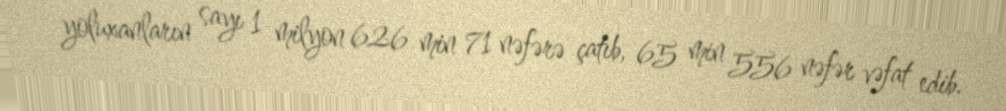
yoluxanların sayı 1 milyon 626 min 71 nəfərə çatıb, 65 min 556 nəfər vəfat edib.